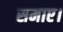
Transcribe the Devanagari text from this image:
समाए।